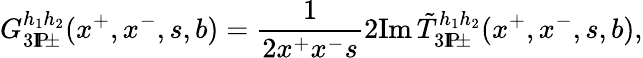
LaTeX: G_{3\mathrm{I}\! \mathrm{P}\! \pm}^{h_{1}h_{2}}(x^{+},x^{-},s,b)=\frac{1}{2x^{+}x^{-}s}2\mathrm{Im}\, \tilde{T}_{3\mathrm{I}\! \mathrm{P}\! \pm}^{h_{1}h_{2}}(x^{+},x^{-},s,b),